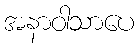
အနာဝါသာပေ